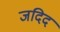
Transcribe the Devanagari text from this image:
जदिद